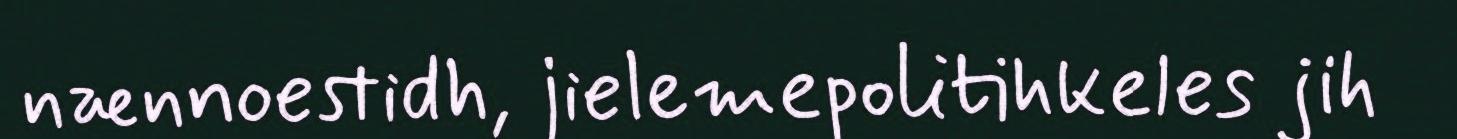
nænnoestidh, jielemepolitihkeles jih